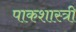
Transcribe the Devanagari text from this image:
पाकशास्त्री